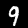
Digit: 9